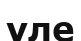
уле